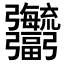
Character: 𢑎